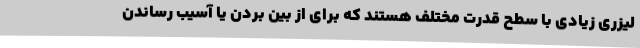
لیزری زیادی با سطح قدرت مختلف هستند که برای از بین بردن یا آسیب رساندن